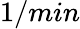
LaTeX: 1/min